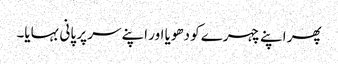
پھر اپنے چہرے کو دھویا اور اپنے سر پر پانی بہایا۔